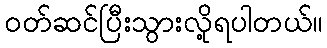
ဝတ်ဆင်ပြီးသွားလို့ရပါတယ်။